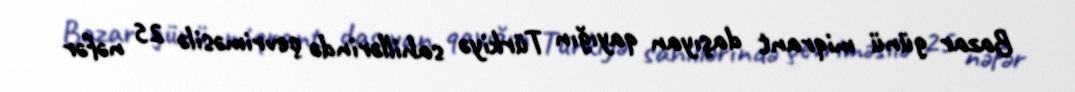
Bazar günü miqrant daşıyan qayığın Türkiyə sahillərində çevriməsilə 25 nəfər